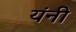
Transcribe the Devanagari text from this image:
यंनी